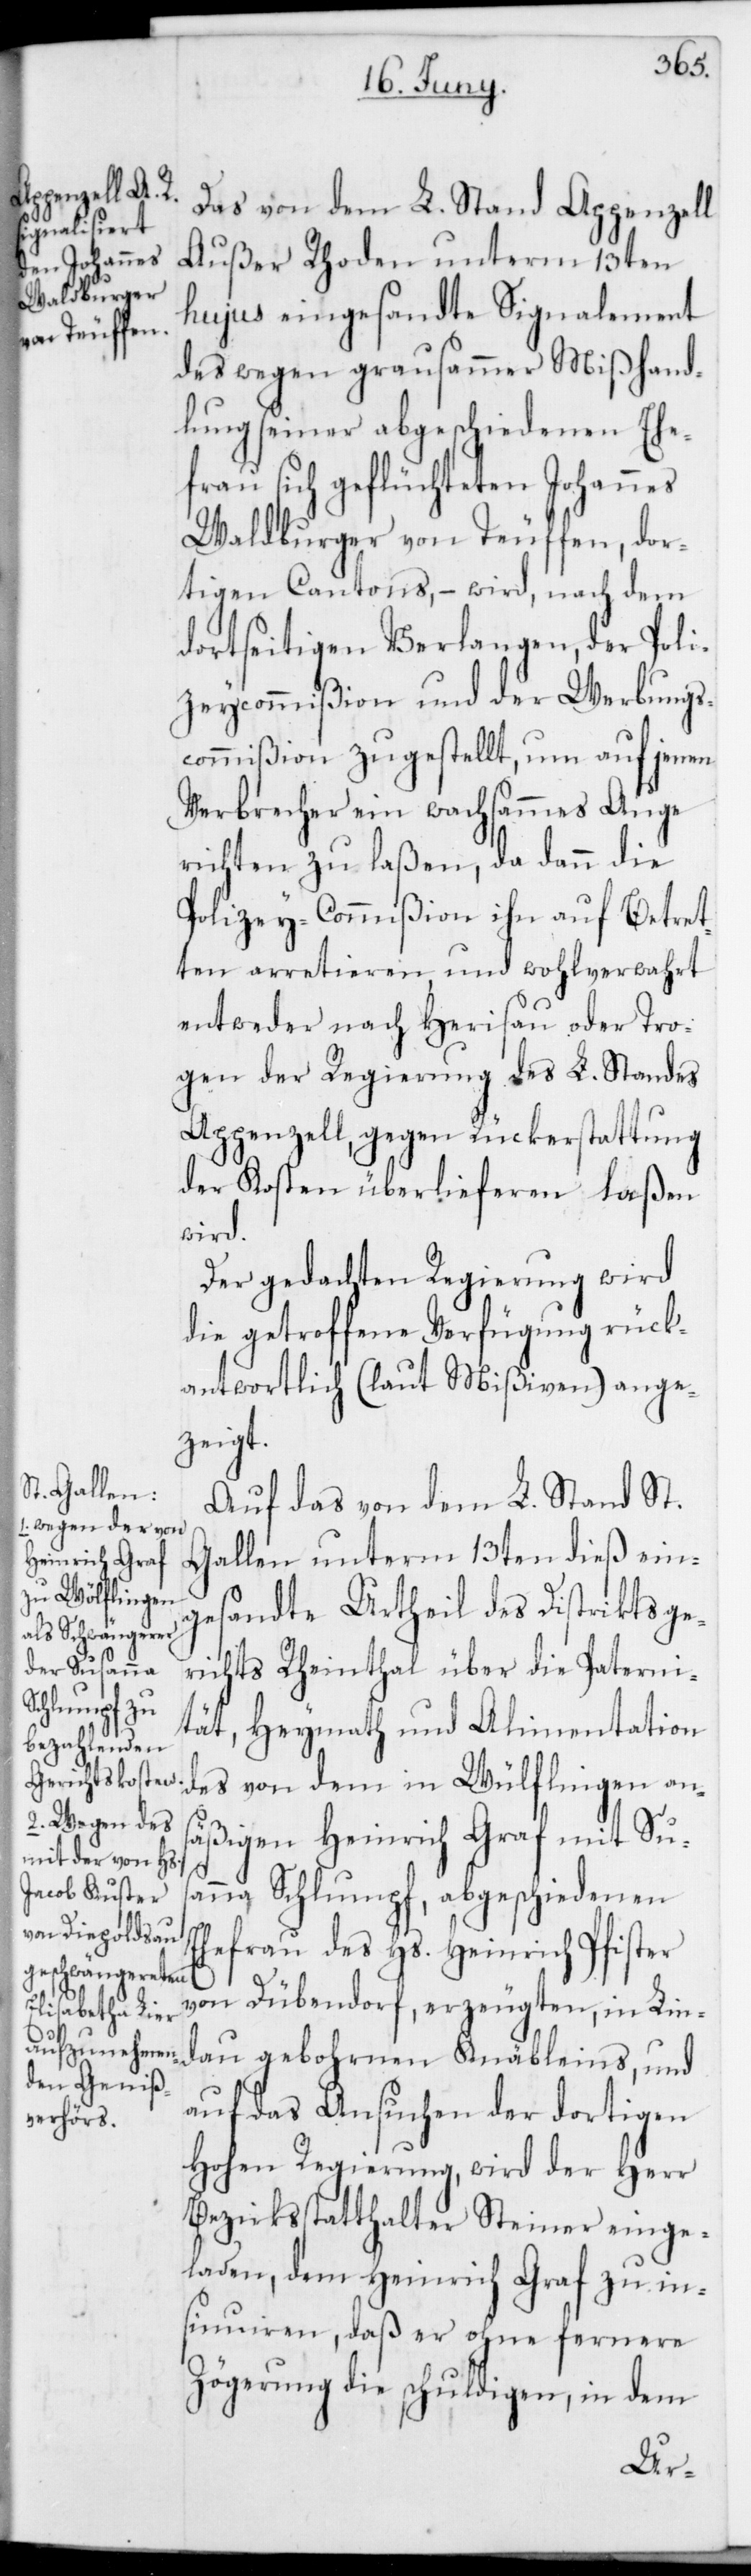
Das von dem L. Stand Appenzell
Außer Rhoden unterm 13ten
hujus eingesandte Signalement
des wegen grausammer Mißhand¬
lung seiner abgeschiedenen Ehe¬
frau sich geflüchteten Johannes
Waldburger von Teuffen, dor¬
tigen Cantons, – wird, nach dem
dortseitigen Verlangen, der Poli¬
zeycommißion und der Werbungs¬
commißion zugestellt, um auf jenen
Verbrecher ein wachsammes Auge
richten zu laßen, da dann die
Polizey-Commißion ihn auf Betret¬
ten arretieren und wohlverwahrt
entweder nach Herisau oder Tro¬
gen der Regierung des L. Standes
Appenzell, gegen Rückerstattung
der Kosten überlieferen laßen
wird.
Der gedachten Regierung wird
die getroffene Verfügung rück¬
antwortlich (laut Mißiven) ange¬
zeigt.
Auf das von dem L. Stand St.
Gallen unterm 13ten dieß ein¬
gesandte Urtheil des Distriktsge¬
richts Rheinthal über die Paterni¬
tät, Heymath und Alimentation
des von dem in Wülflingen ans¬
äßigen Heinrich Graf mit Sus¬
anna Schlumpf, abgeschiedenen
Ehefrau des Hs. Heinrich Pfister
von Dübendorf, erzeugten, in Lin¬
dau gebohrnen Knäbleins, und
auf das Ansuchen der dortigen
Hohen Regierung, wird der Herr
Bezirksstatthalter Steiner einge¬
laden, dem Heinrich Graf zu in¬
sinuiren, daß er ohne fernere
Zögerung die schuldigen, in dem